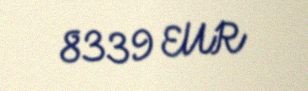
8339 EUR